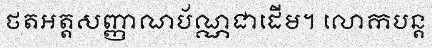
ថតអត្តសញ្ញាណប័ណ្ណជាដើម។ លោកបន្ត